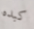
كبده